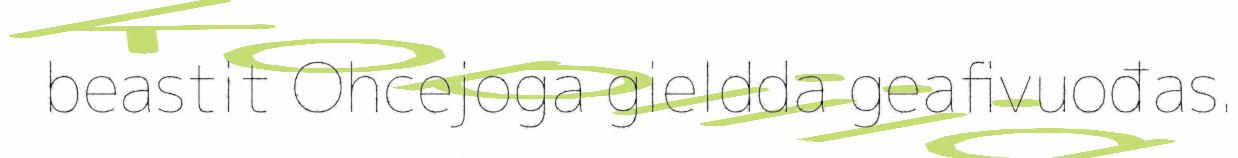
beastit Ohcejoga gieldda geafivuođas.